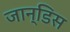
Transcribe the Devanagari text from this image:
जान्डिस